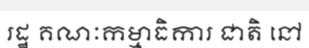
រដ្ឋ គណៈកម្មាធិការ ជាតិ នៅ